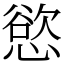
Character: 慾